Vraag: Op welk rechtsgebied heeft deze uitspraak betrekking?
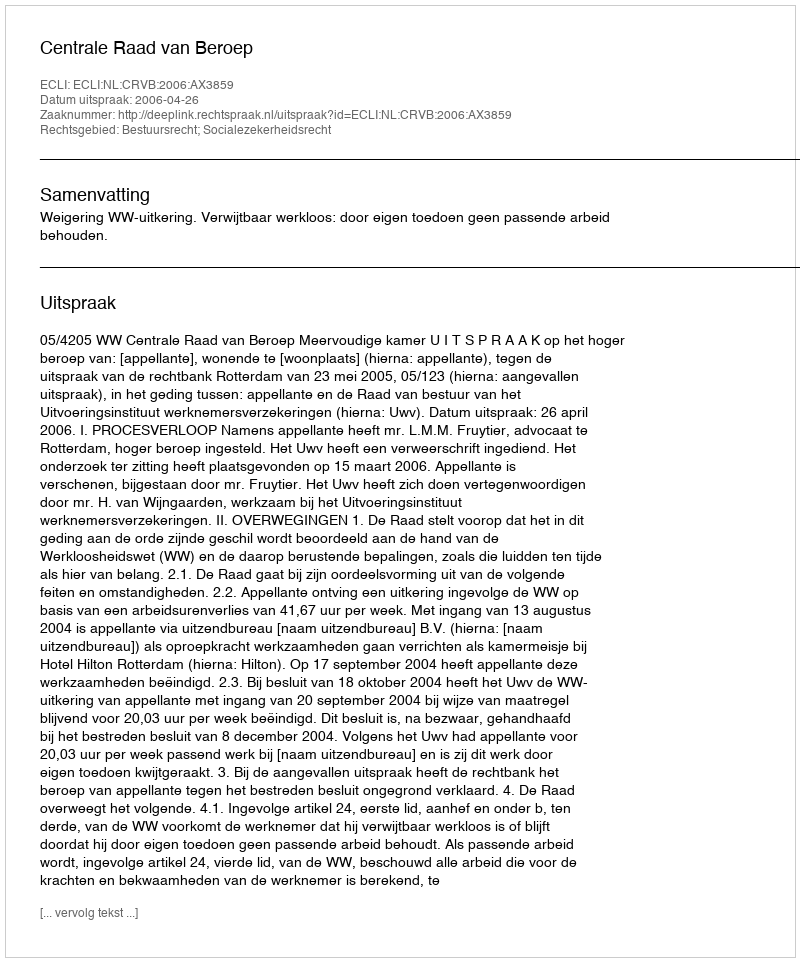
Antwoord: Bestuursrecht; Socialezekerheidsrecht